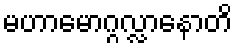
မဟာမောဂ္ဂလ္လာနောတိ